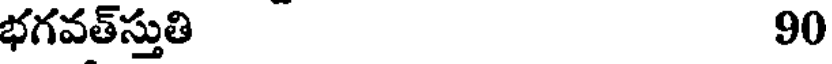
భగవత్స్తుతి 90